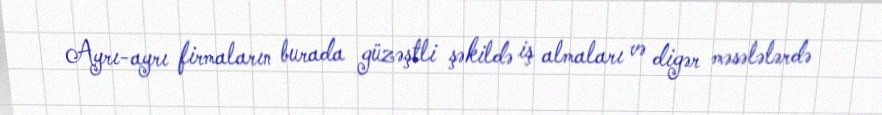
Ayrı-ayrı firmaların burada güzəştli şəkildə iş almaları və digər məsələlərdə